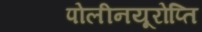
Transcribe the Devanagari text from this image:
पोलीनयूरोप्ति